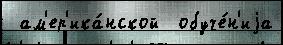
 ам'ер'ика́нской  обуче́н'иjа